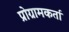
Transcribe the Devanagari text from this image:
प्रोग्रामकर्ता